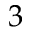
3